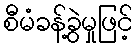
စီမံခန့်ခွဲမှုဖြင့်